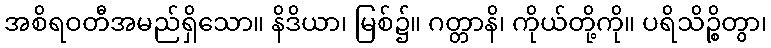
အစိရဝတီအမည်ရှိသော။ နိဒိယာ၊ မြစ်၌။ ဂတ္တာနိ၊ ကိုယ်တို့ကို။ ပရိသိဉ္စိတွာ၊